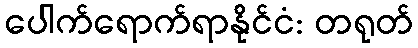
ပေါက်ရောက်ရာနိုင်ငံ: တရုတ်